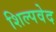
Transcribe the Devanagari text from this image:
शिल्पवेद